Report on vaccination in Madras 1904-1921 - 1904-1921
Year: 1904
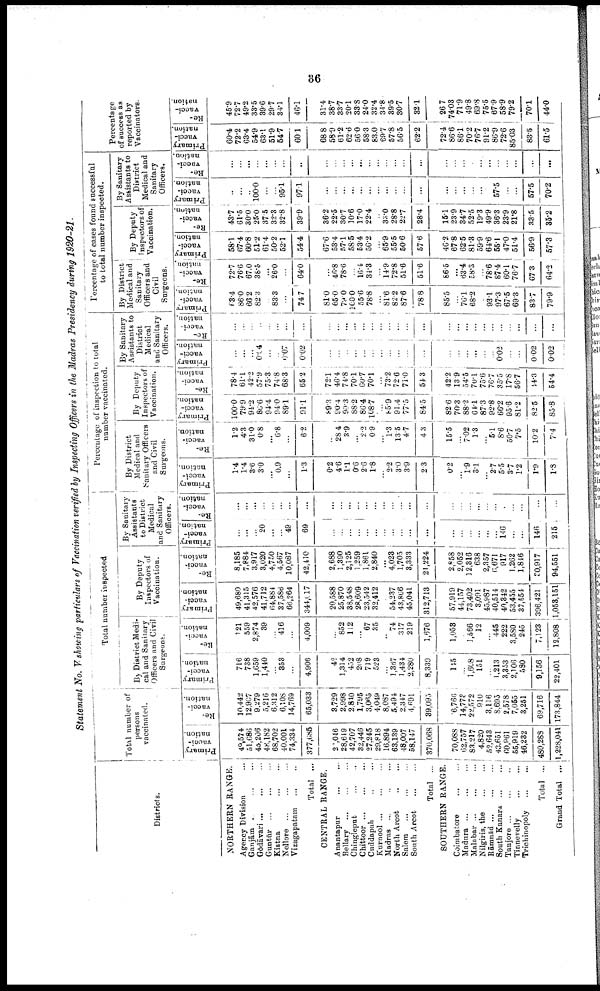
36
Statement No. V showing particulars of Vaccination verified by Inspecting Officers in the Madras Presidency during 1920-21.
Districts.
NORTHERN RANGE.
Agency Division ...
Ganjām ... ...
Gōdāvari ... ... ...
Guntūr
...
...
...
Kistna
...
...
Nellore
...
...
...
Vizagapatam
...
...
Total ...
CENTRAL RANGE.
Anantapur ... ...
Bellary
...
...
...
Chingleput
...
...
Chittoor ... ... ...
Cuddapah ... ...
Kurnool ... ... ...
Madras
...
...
...
North Arcot
...
...
Salem ... ... ...
South Arcot
...
...
Total ...
SOUTHERN RANGE.
Coimbatore
...
...
Madura
...
...
...
Malabar ... ... ...
Nilgiris, the
...
...
Rāmnād ... ... ...
South Kanara
...
...
Tanjore
...
...
...
Tinnevelly
...
...
Trichinopoly
...
...
Total ...
Grand Total ...
Total number of
persons
vaccinated.
Primary
vacci
nation.
49,574
51,686
45,206
48,182
68,702
40,001
74,334
377,685
21,046
28,619
42,707
32,446
27,245
29,818
16,894
63,139
48,007
58,147
370,068
70,088
62,757
83,217
4,820
52,643
43,651
60,961
55,919
46,232
480,288
1,228,041
Re-
vacci
nation.
10,442
12,907
9,279
5,216
6,312
6,108
14,769
65,033
3,729
2,998
2,840
1,795
3,065
4,049
8,087
5,494
2,347
4,691
39,095
6,766
14,773
22,572
910
3,116
8,695
2,578
7,055
3,251
69,716
173,844
Total number inspected
By District Medi-
cal and Sanitary
Officers and Civil
Surgeons.
Primary
vacci
nation.
716
738
1,659
1,440
...
353
...
4,906
42
1,314
452
208
719
523
...
l,367
1,434
2,280
8,339
145
...
1,608
151
...
1,213
3,353
2,106
580
9,156
22,401
Re-
vacci
nation.
121
559
2,874
39
...
416
...
4,009
...
852
112
...
67
35
...
74
317
219
1,676
1,053
...
1,566
12
...
445
222
3,580
245
7,123
12,808
By Deputy
Inspectors of
Vaccination.
Primary
vacci
nation.
49,680
41,315
42,576
41,712
64,884
37,586
66,264
344,017
20,588
25,870
38,548
28,609
23,542
32,412
...
54,237
43,866
45,041
312,713
57,919
44,157
73,402
3,091
45,987
40,514
40,342
53,455
37,554
396,421
1,053,151
Re-
vacci-
nation.
8,185
7,884
3,917
3,020
4,750
4,567
10,087
42,410
2,688
1,390
2,125
1,259
1,861
2,840
...
4,023
1,705
3,333
21,224
2,853
2,052
12,316
638
2,357
6,67l
917
1,262
1,846
30,917
94,551
By Sanitary
Assistants
to District
Medical
and Sanitary
Officers.
Primary
vacci-
nation.
...
...
...
20
...
...
49
69
...
...
...
...
...
...
...
...
...
...
...
...
...
...
...
...
...
146
...
...
146
215
Re-
vacci
nation.
...
...
...
...
...
...
...
...
...
...
...
...
...
...
...
...
...
...
...
...
...
...
...
...
...
...
...
...
...
...
Percentage of inspection to total
number vaccinated.
By District
Medical and
Sanitary Officers
and Civil
Surgeons.
Primary
vacci
nation.
1.4
1.4
3.6
3.0
...
0.9
...
1.3
0.2
4.6
1.1
0.6
2.6
1.8
...
2.2
3.0
3.9
2.3
0.2
...
1.9
3.1
...
2.7
5.5
3.7
1.2
1.9
1.8
Re-
vacci
nation.
1.2
4.3
31.0
0.8
...
6.8
...
6.2
...
28.4
3.9
...
2.2
0.9
...
1.3
13.5
4.7
4.3
15.5
...
7.02
1.3
...
5.1
8.6
50.7
7.5
10.2
7.4
By Deputy
Inspectors of
Vaccination.
Primary
vacci
nation.
100.0
79.9
94.2
86.6
94.4
94.0
89.1
91.1
89.3
90.4
90.3
88.2
86.4
108.7
...
85.9
91.4
77.5
84.5
82.6
70.3
88.2
64.1
87.3
92.8
66.2
95.6
81.2
82.5
85.8
Re-
vacci
nation.
78.4
61.1
42.2
57.9
75.3
74.8
68.3
65.2
72.1
46.4
74.8
70.1
60.7
70.1
...
73.2
72.6
71.0
54.3
42.2
13.9
54.5
70.1
75.6
76.7
35.5
17.8
56.7
44.3
54.4
By Sanitary
Assistants to
District
Medical
and Sanitary
Officers.
Primary
vacci
nation.
...
...
...
0.04
...
...
0.07
0.02
...
...
...
...
...
...
...
...
...
...
...
...
...
...
...
...
...
0.02
...
...
0.02
0.02
Re-
vacci
nation.
...
...
...
...
...
...
...
...
...
...
...
...
...
...
...
...
...
...
...
...
...
...
...
...
...
...
...
...
...
...
Percentage of cases found successful
to total number inspected.
By District
Medical and
Sanitary
Officers and
Civil
Surgeons.
Primary
vacci
nation.
63.4
86.0
66.2
82.3
...
83.3
...
74.7
81.0
65.0
79.0
100.0
55.6
78.8
...
81.6
82.2
87.6
78.8
85.5
...
76.1
68.2
...
93.1
97.3
67.5
69.3
83.7
79.9
Re-
vacci
nation.
72.7
76.6
67.0
38.5
...
26.0
...
64.0
...
46.8
78.6
...
16.4
34.3
...
14.9
72.8
51.6
51.6
86.5
...
63.4
58.3
...
78.6
87.4
60.1
76.7
67.3
64.2
By Deputy
Inspectors of
Vaccination.
Primary
vacci-
nation.
58.1
67.4
60.8
51.2
61.4
50.2
52.1
54.4
67.6
53.4
57.1
58.5
53.4
56.2
...
65.9
55.5
50.6
57.6
46.2
67.8
62.5
81.3
59.9
64.6
55.1
47.0
51.4
56.9
57.3
Re-
vacci-
nation.
43.7
61.5
30.0
25.0
37.5
32.3
32.8
39.9
36.2
22.5
30.7
10.6
17.0
22.4
...
33.0
28.8
22.7
28.4
15.1
23.9
34.7
52.5
19.3
49.9
36.3
23.9
21.8
33.5
35.2
By Sanitary
Assistants to
District
Medical and
Sanitary
Officers.
Primary
vacci-
nation.
...
...
...
100.0
...
...
95.1
97.1
...
...
...
...
...
...
...
...
...
...
...
...
...
...
...
...
...
57.5
...
...
57.5
70.2
Re-
vacci
nation.
...
...
...
...
...
...
...
...
...
...
...
...
...
...
...
...
...
...
...
...
...
...
...
...
...
...
...
...
...
...
Percentage
of success as
reported by
Vaccinators.
Primary
vacci
nation.
60.4
72.2
63.4
54.9
63.1
51.9
54.7
60.1
68.8
58.9
61.2
62.6
56.0
58.3
83.0
69.7
57.8
56.5
62.2
72.4
86.6
86.1
70.2
76.7
91.2
86.9
72.6
85.03
83.5
61.5
Re-
vacci-
nation.
45.9
72.7
49.2
33.5
39.6
29.7
34.1
46.1
31.4
38.7
33.7
20.1
33.8
24.0
32.4
34.8
39.5
30.7
32.1
26.7
74.03
71.9
49.8
69.8
75.5
67.9
58.9
79.2
70.1
44.0